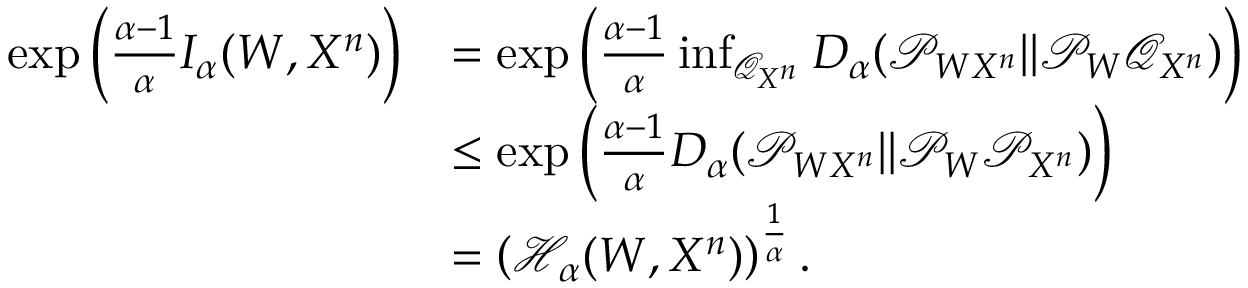
\begin{array} { r l } { \exp \left( \frac { \alpha - 1 } { \alpha } I _ { \alpha } ( W , X ^ { n } ) \right) } & { = \exp \left( \frac { \alpha - 1 } { \alpha } \operatorname* { i n f } _ { \mathcal { Q } _ { X ^ { n } } } D _ { \alpha } ( \mathcal { P } _ { W X ^ { n } } \| \mathcal { P } _ { W } \mathcal { Q } _ { X ^ { n } } ) \right) } \\ & { \leq \exp \left( \frac { \alpha - 1 } { \alpha } D _ { \alpha } ( \mathcal { P } _ { W X ^ { n } } \| \mathcal { P } _ { W } \mathcal { P } _ { X ^ { n } } ) \right) } \\ & { = \left( \mathcal { H } _ { \alpha } ( W , X ^ { n } ) \right) ^ { \frac { 1 } { \alpha } } . } \end{array}